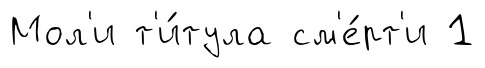
Мол'и т'и́тула см'е́рт'и 1